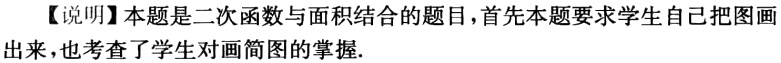
【说明】本题是二次函数与面积结合的题目，首先本题要求学生自己把图画出来，也考查了学生对画简图的掌握.